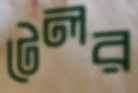
টেলর